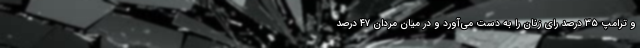
و ترامپ ۳۵ درصد رای زنان را به دست می‌آورد و در میان مردان ۴۷ درصد